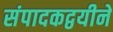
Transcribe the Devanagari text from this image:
संपादकद्वयीने